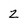
Character: Z